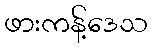
ဖားကန့်ဒေသ